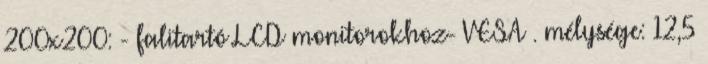
200x200: - falitartó LCD monitorokhoz- VESA . mélysége: 12,5